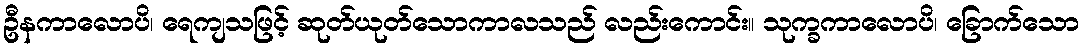
ဦနကာလောပိ၊ ရေကျသဖြင့် ဆုတ်ယုတ်သောကာလသည် လည်းကောင်း။ သုက္ခကာလောပိ၊ ခြောက်သော